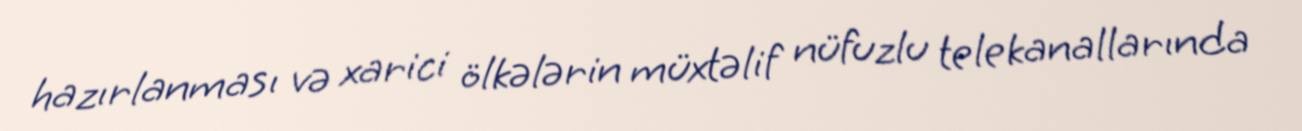
hazırlanması və xarici ölkələrin müxtəlif nüfuzlu telekanallarında